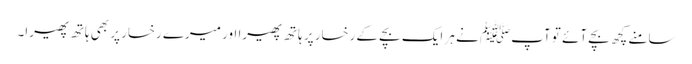
سامنے کچھ بچے آئے تو آپﷺ نے ہر ایک بچے کے رخسار پر ہاتھ پھیرا اور میرے رخسار پر بھی ہاتھ پھیرا۔